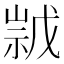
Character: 𱜁